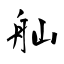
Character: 舢